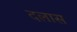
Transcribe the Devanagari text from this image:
दलास